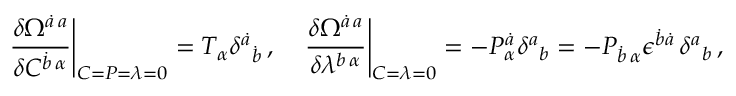
{ \left. \frac { \delta \Omega ^ { \dot { a } \, a } } { \delta C ^ { \dot { b } \, \alpha } } \right\vert } _ { C = { \cal P } = \lambda = 0 } = T _ { \alpha } \delta ^ { \dot { a } } { } _ { \dot { b } } \, , \quad { \left. \frac { \delta \Omega ^ { \dot { a } \, a } } { \delta \lambda ^ { b \, \alpha } } \right\vert } _ { C = \lambda = 0 } = - { \cal P } _ { \alpha } ^ { \dot { a } } \delta ^ { a } { } _ { b } = - { \cal P } _ { \dot { b } \, \alpha } \epsilon ^ { \dot { b } \dot { a } } \, \delta ^ { a } { } _ { b } \, ,